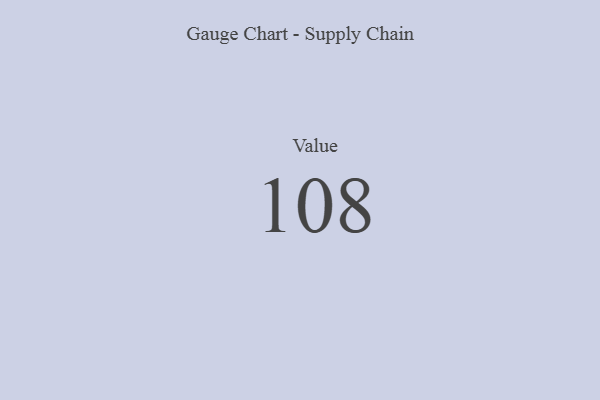
{"axis": {"x": "Metric", "y": "Value"}, "legend": [""], "data": [{"x": "Value", "y": 108, "type": ""}]}